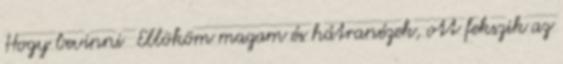
Hogy bevinni Ellököm magam és hátranézek, ott fekszik az